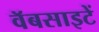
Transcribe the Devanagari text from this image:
वॅबसाइटें